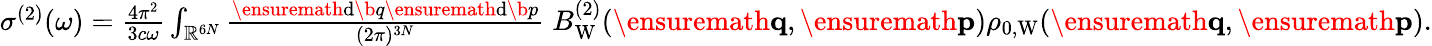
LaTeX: \begin{array}{r}{\sigma^{(2)}(\omega)=\frac{4\pi^{2}}{3c\omega}\int_{\mathbb{R}^{6N}}\frac{\ensuremath{\mathrm{d}}\b{q}\ensuremath{\mathrm{d}}\b{p}}{(2\pi)^{3N}}\; B_{\mathrm{W}}^{(2)}(\ensuremath{\mathbf{q}},\ensuremath{\mathbf{p}})\rho_{0,\mathrm{W}}(\ensuremath{\mathbf{q}},\ensuremath{\mathbf{p}}).}\end{array}